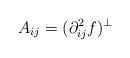
LaTeX: \begin{align*}A_{ij} = (\partial^2_{ij}f)^\perp\end{align*}